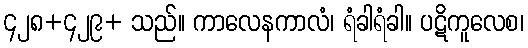
၄၂၈+၄၂၉+ သည်။ ကာလေနကာလံ၊ ရံခါရံခါ။ ပဋိကူလေစ၊